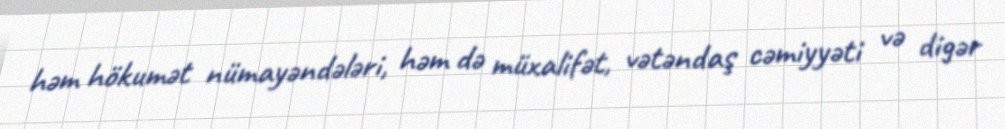
həm hökumət nümayəndələri, həm də müxalifət, vətəndaş cəmiyyəti və digər